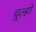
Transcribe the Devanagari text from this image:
चूल्हो